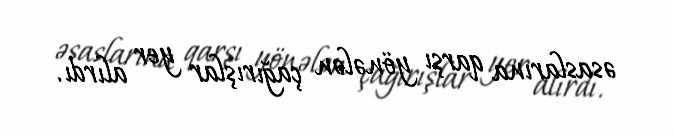
əsaslarına qarşı yönələn çağırışlar yer alırdı.